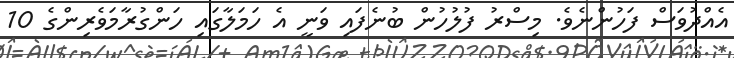
އެއްދުވަސް ފަހުންނެވެ. މިސްރު ފުލުހުން ބުނެފައި ވަނީ އެ ހަމަލާގައި ހަންގުރާމަވެރިންގެ 10